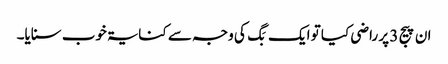
ان پیج 3 پر راضی کیا تو ایک بَگ کی وجہ سے کنایۃ خوب سنایا۔